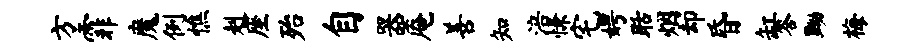
方霏魔例憔赳座殆自器庵善知涪慊宅娉聒烟却昏缸答黝梅